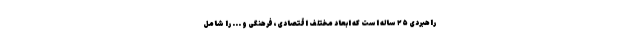
راهبردی ۲۵ ساله است که ابعاد مختلف اقتصادی، فرهنگی و ... را شامل